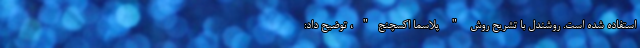
استفاده شده است. روشندل با تشریح روش " پلاسما اکسچنج"، توضیح داد: